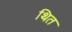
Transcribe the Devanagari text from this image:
थित